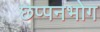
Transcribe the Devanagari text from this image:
छप्पनभोग